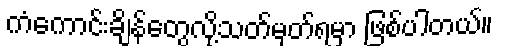
ကံကောင်းချိန်တွေလို့သတ်မှတ်ရမှာ ဖြစ်ပါတယ်။